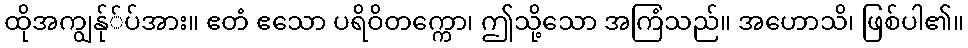
ထိုအကျွန်ု်ပ်အား။ ဧတံ ဧသော ပရိဝိတက္ကော၊ ဤသို့သော အကြံသည်။ အဟောသိ၊ ဖြစ်ပါ၏။